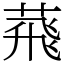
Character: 𦴧